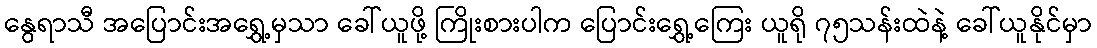
နွေရာသီ အပြောင်းအရွှေ့မှသာ ခေါ်ယူဖို့ ကြိုးစားပါက ပြောင်းရွှေ့ကြေး ယူရို ၇၅သန်းထဲနဲ့ ခေါ်ယူနိုင်မှာ